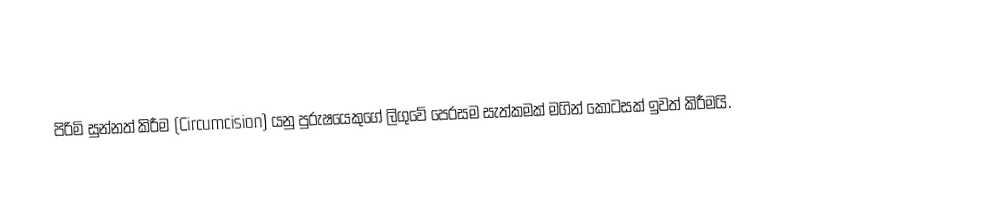
පිරිමි සුන්නත් කිරීම (Circumcision) යනු පුරුෂයෙකුගේ  ලිගුවේ පෙරසම සැත්කමක් මගින් කොටසක් ඉවත් කිරීමයි.